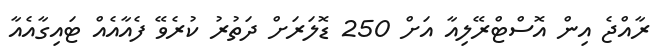
ރާއްޖެ އިން އޮސްޓްރޭލިއާ އަށް 250 ޑޮލަރަށް ދަތުރު ކުރެވޭ ފެއާއެއް ޓައިގާއެއާ